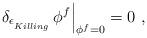
LaTeX: \begin{align*}\left. \delta_{\epsilon_{\phantom{}_{{Killing}}}} \, \phi^f\right|_{\phi^f = 0} = 0\ ,\end{align*}